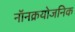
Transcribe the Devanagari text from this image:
नॉनक्रयोजनिक